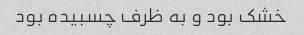
خشک بود و به ظرف چسبیده بود